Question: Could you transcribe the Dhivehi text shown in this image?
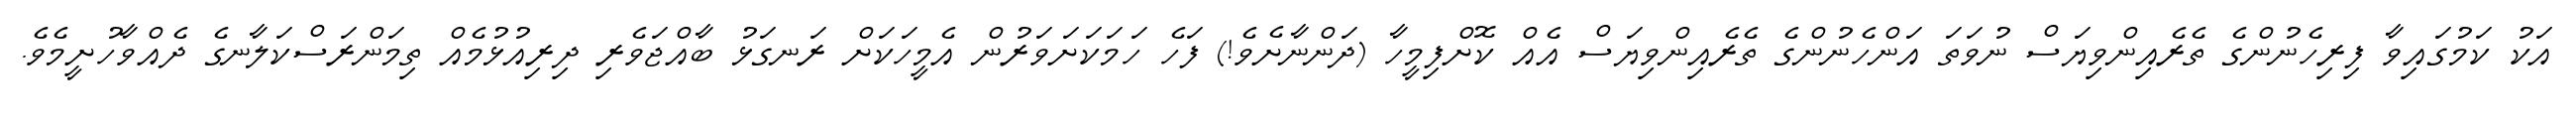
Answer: އަކު ކަމުގައިވާ ފިރިހެނުންގެ ތެރެއިންވިޔަސް ނުވަތަ އަންހެނުންގެ ތެރެއިންވިޔަސް އެއް ކޮށްފިމީހާ (ދަންނާށެވެ!) ފަހެ ހަމަކަށަވަރުން އެމީހަކަށް ރަނގަޅު ބާއްޖަވެރި ދިރިއުޅުމެއް ތިމަންރަސްކަލާނގެ ދެއްވާހުށީމެވެ.